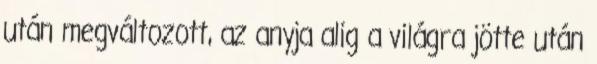
után megváltozott, az anyja alig a világra jötte után